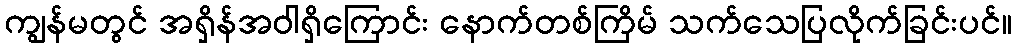
ကျွန်မတွင် အရှိန်အဝါရှိကြောင်း နောက်တစ်ကြိမ် သက်သေပြလိုက်ခြင်းပင်။